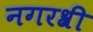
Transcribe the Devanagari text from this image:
नगरश्री